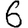
Digit: 6